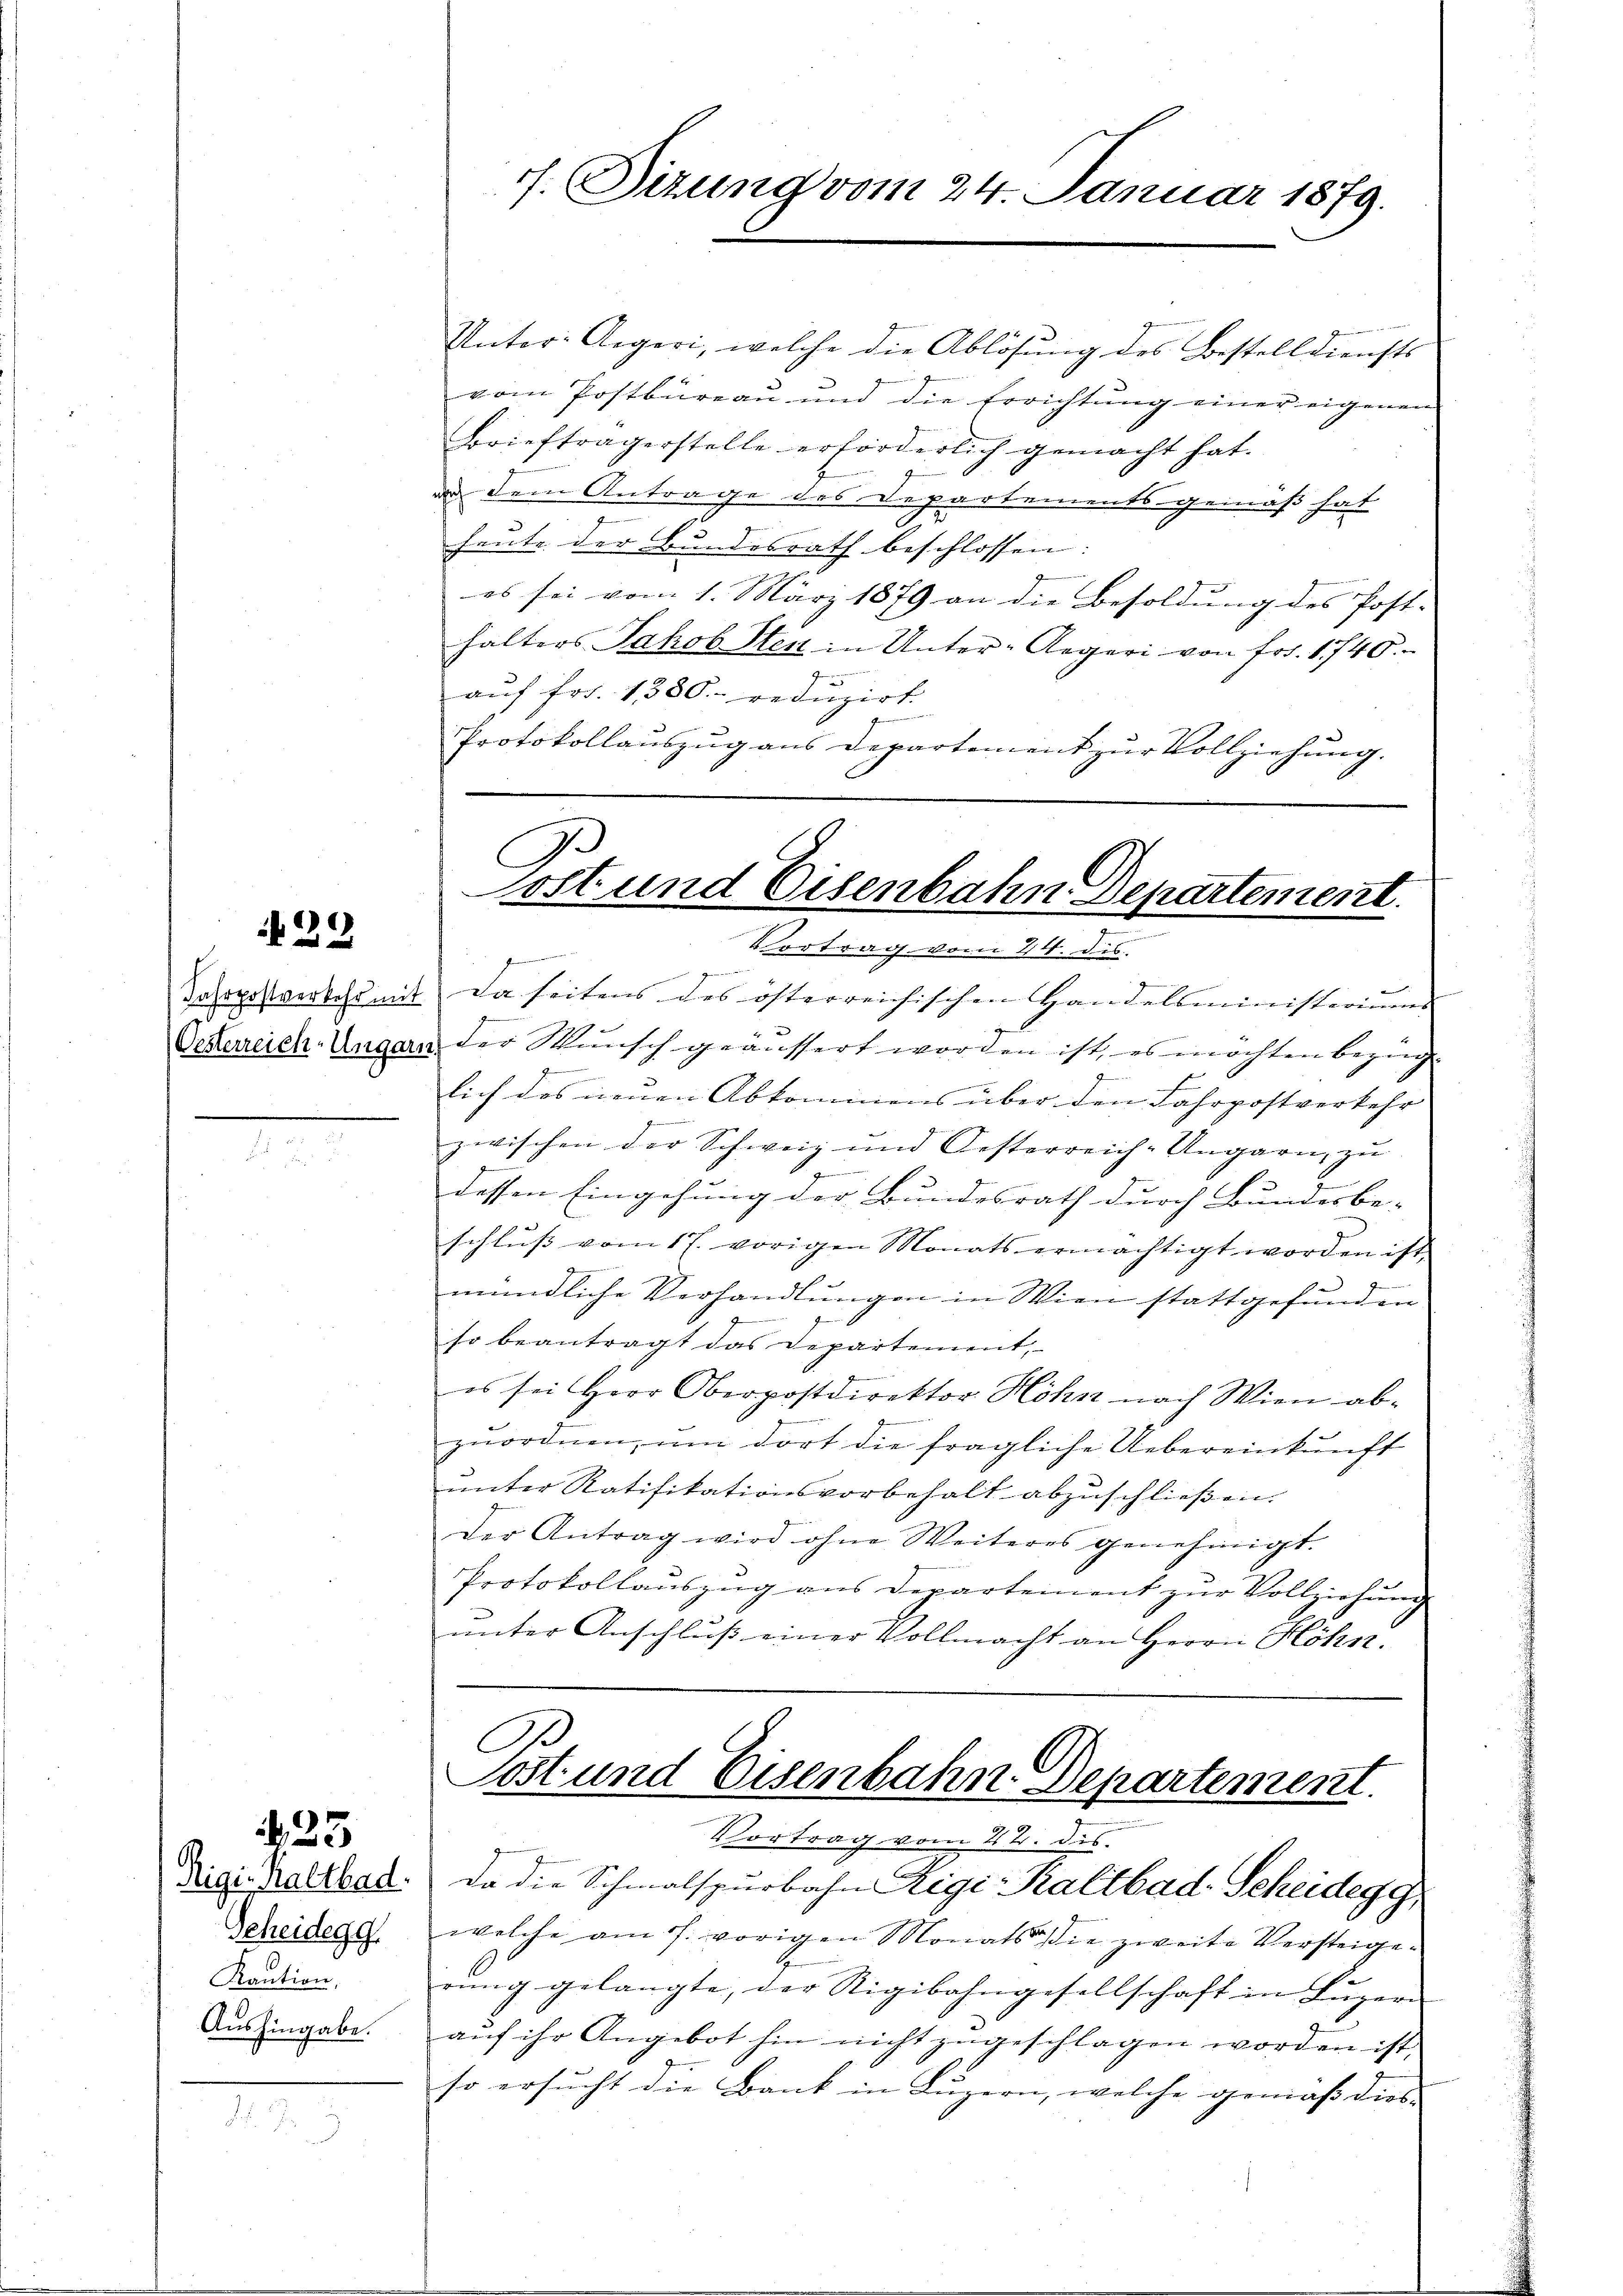
29

N 33

Unter-Aegeri, welche die Ablösung des Bestelldiensts
vom Postbureau und die Errichtung einer eigenen
Brieftragerstelle erforderlich gemacht hat.
 dem Antrage des Departements gemäß hat
heute der Bundesrath beschlossen:
es sei vom 1. März 1879 an die Besoldung des Post-
halters Jakob Stenz in Unter-Aegeri von Frs. 1740.
aŭf fr. 1380 redŭzirt.
Protokollauszug aus Departement zur Vollziehung.

Rigi-Kaltbad.
Geheidegg
Kaution,
Aushingabe.

7. Sizung vom 24. Januar 1879.

Post und Eisenbahn Departement.
Vortrag vom 24. dis
.

Johrpostverbohr mit Da seitens des österreichischen Handelsministerium
Oesterreich-Ungarn der Wunsch geäussert worden ist, es möchten bezüg-
.
lich des neuen Abkommens über den Fahrpostverkehr
zwischen der Schweiz und Oesterreich-Ungarn, zu
g
dessen Eingehung der Bundesrath durch Bundesbe-
schluss vom 17. vorigen Monats ermächtigt worden ist,
8
mündliche Verhandlungen in Wien stattgefunden
so beantragt das Departement,
es sei Herr Oberpostdirektor Höhn nach Wien abzuordnen, um dort die fragliche Uebereinkunft
unter Ratifikationsvorbehalt abzuschließen.
Der Antrag wird ohne Weiteres genehmigt.
Protokollauszug aus Departement zur Vollziehung
ŭnter Anschlŭβ einer Vollmacht an Herrn Höhn.

A
Post und Eisenbahn-Departement.
Vortrag vom 2t. dis
Da die Schmalspurbahn Rigi-Kaltbad Scheidegg

welche am 7. vorigen Monats die zweite Versteigerung gelangte, der Rigibahngesellschaft in Luzern
auf ihr Angebot hin nicht zugeschlagen worden ist,
so ersucht die Bank in Luzern, welche gemäß dies